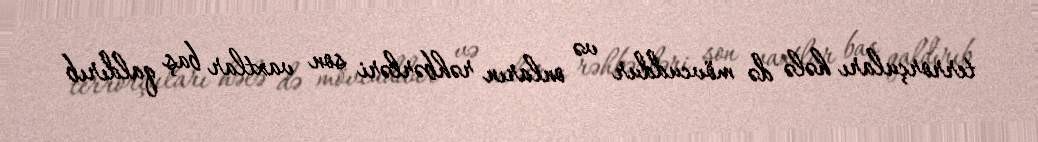
terrorçuları hələ də mövcuddur və onların rəhbərləri son vaxtlar baş qaldırıb